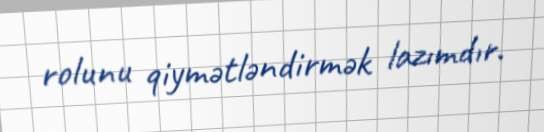
rolunu qiymətləndirmək lazımdır.